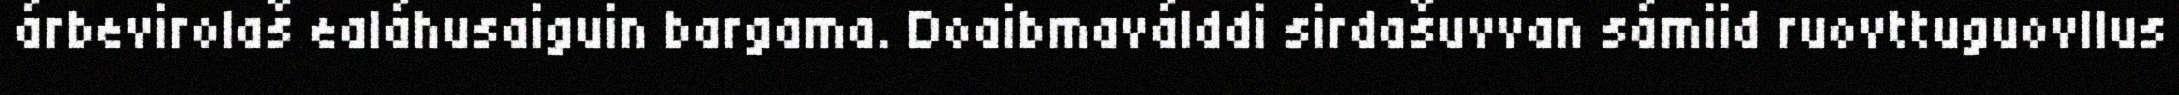
árbevirolaš ealáhusaiguin bargama. Doaibmaválddi sirdašuvvan sámiid ruovttuguovllus